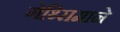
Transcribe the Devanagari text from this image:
गेथ्सिमाने